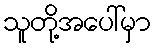
သူတို့အပေါ်မှာ